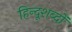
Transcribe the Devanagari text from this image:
हिन्दूशब्दों